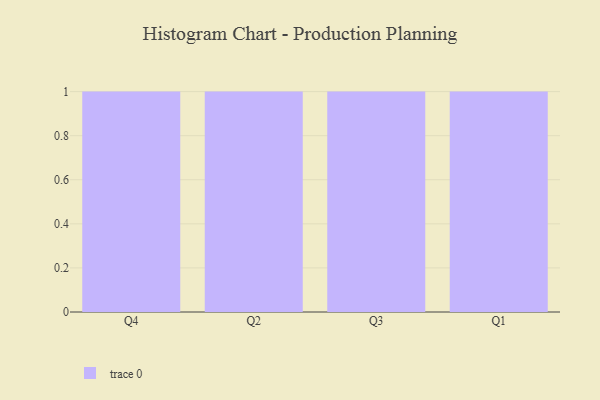
{"axis": {"x": "Quarter", "y": "Operating Costs (USD K)"}, "legend": [""], "data": [{"x": "Q4", "y": 22, "type": ""}, {"x": "Q2", "y": 68, "type": ""}, {"x": "Q3", "y": 10, "type": ""}, {"x": "Q1", "y": 53, "type": ""}]}